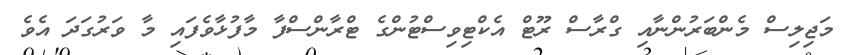
މަޖިލިސް މެންބަރުންނާއި ގްރާސް ރޫޓް އެކްޓިވިސްޓުންގެ ޓްރާންސްފާ މާފުޅާވެފައި މާ ވަރުގަދަ އެވެ